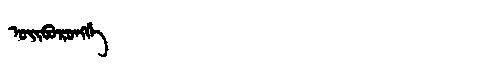
Manchu: ᠣᡳᠪᠣᡵᠣᠩᡤᡝ
Romanization: OIBORONGGE